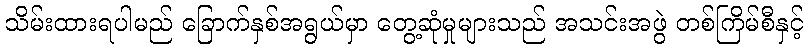
သိမ်းထားရပါမည် ခြောက်နှစ်အရွယ်မှာ တွေ့ဆုံမှုများသည် အသင်းအဖွဲ တစ်ကြိမ်စီနှင့်